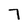
Character: 7